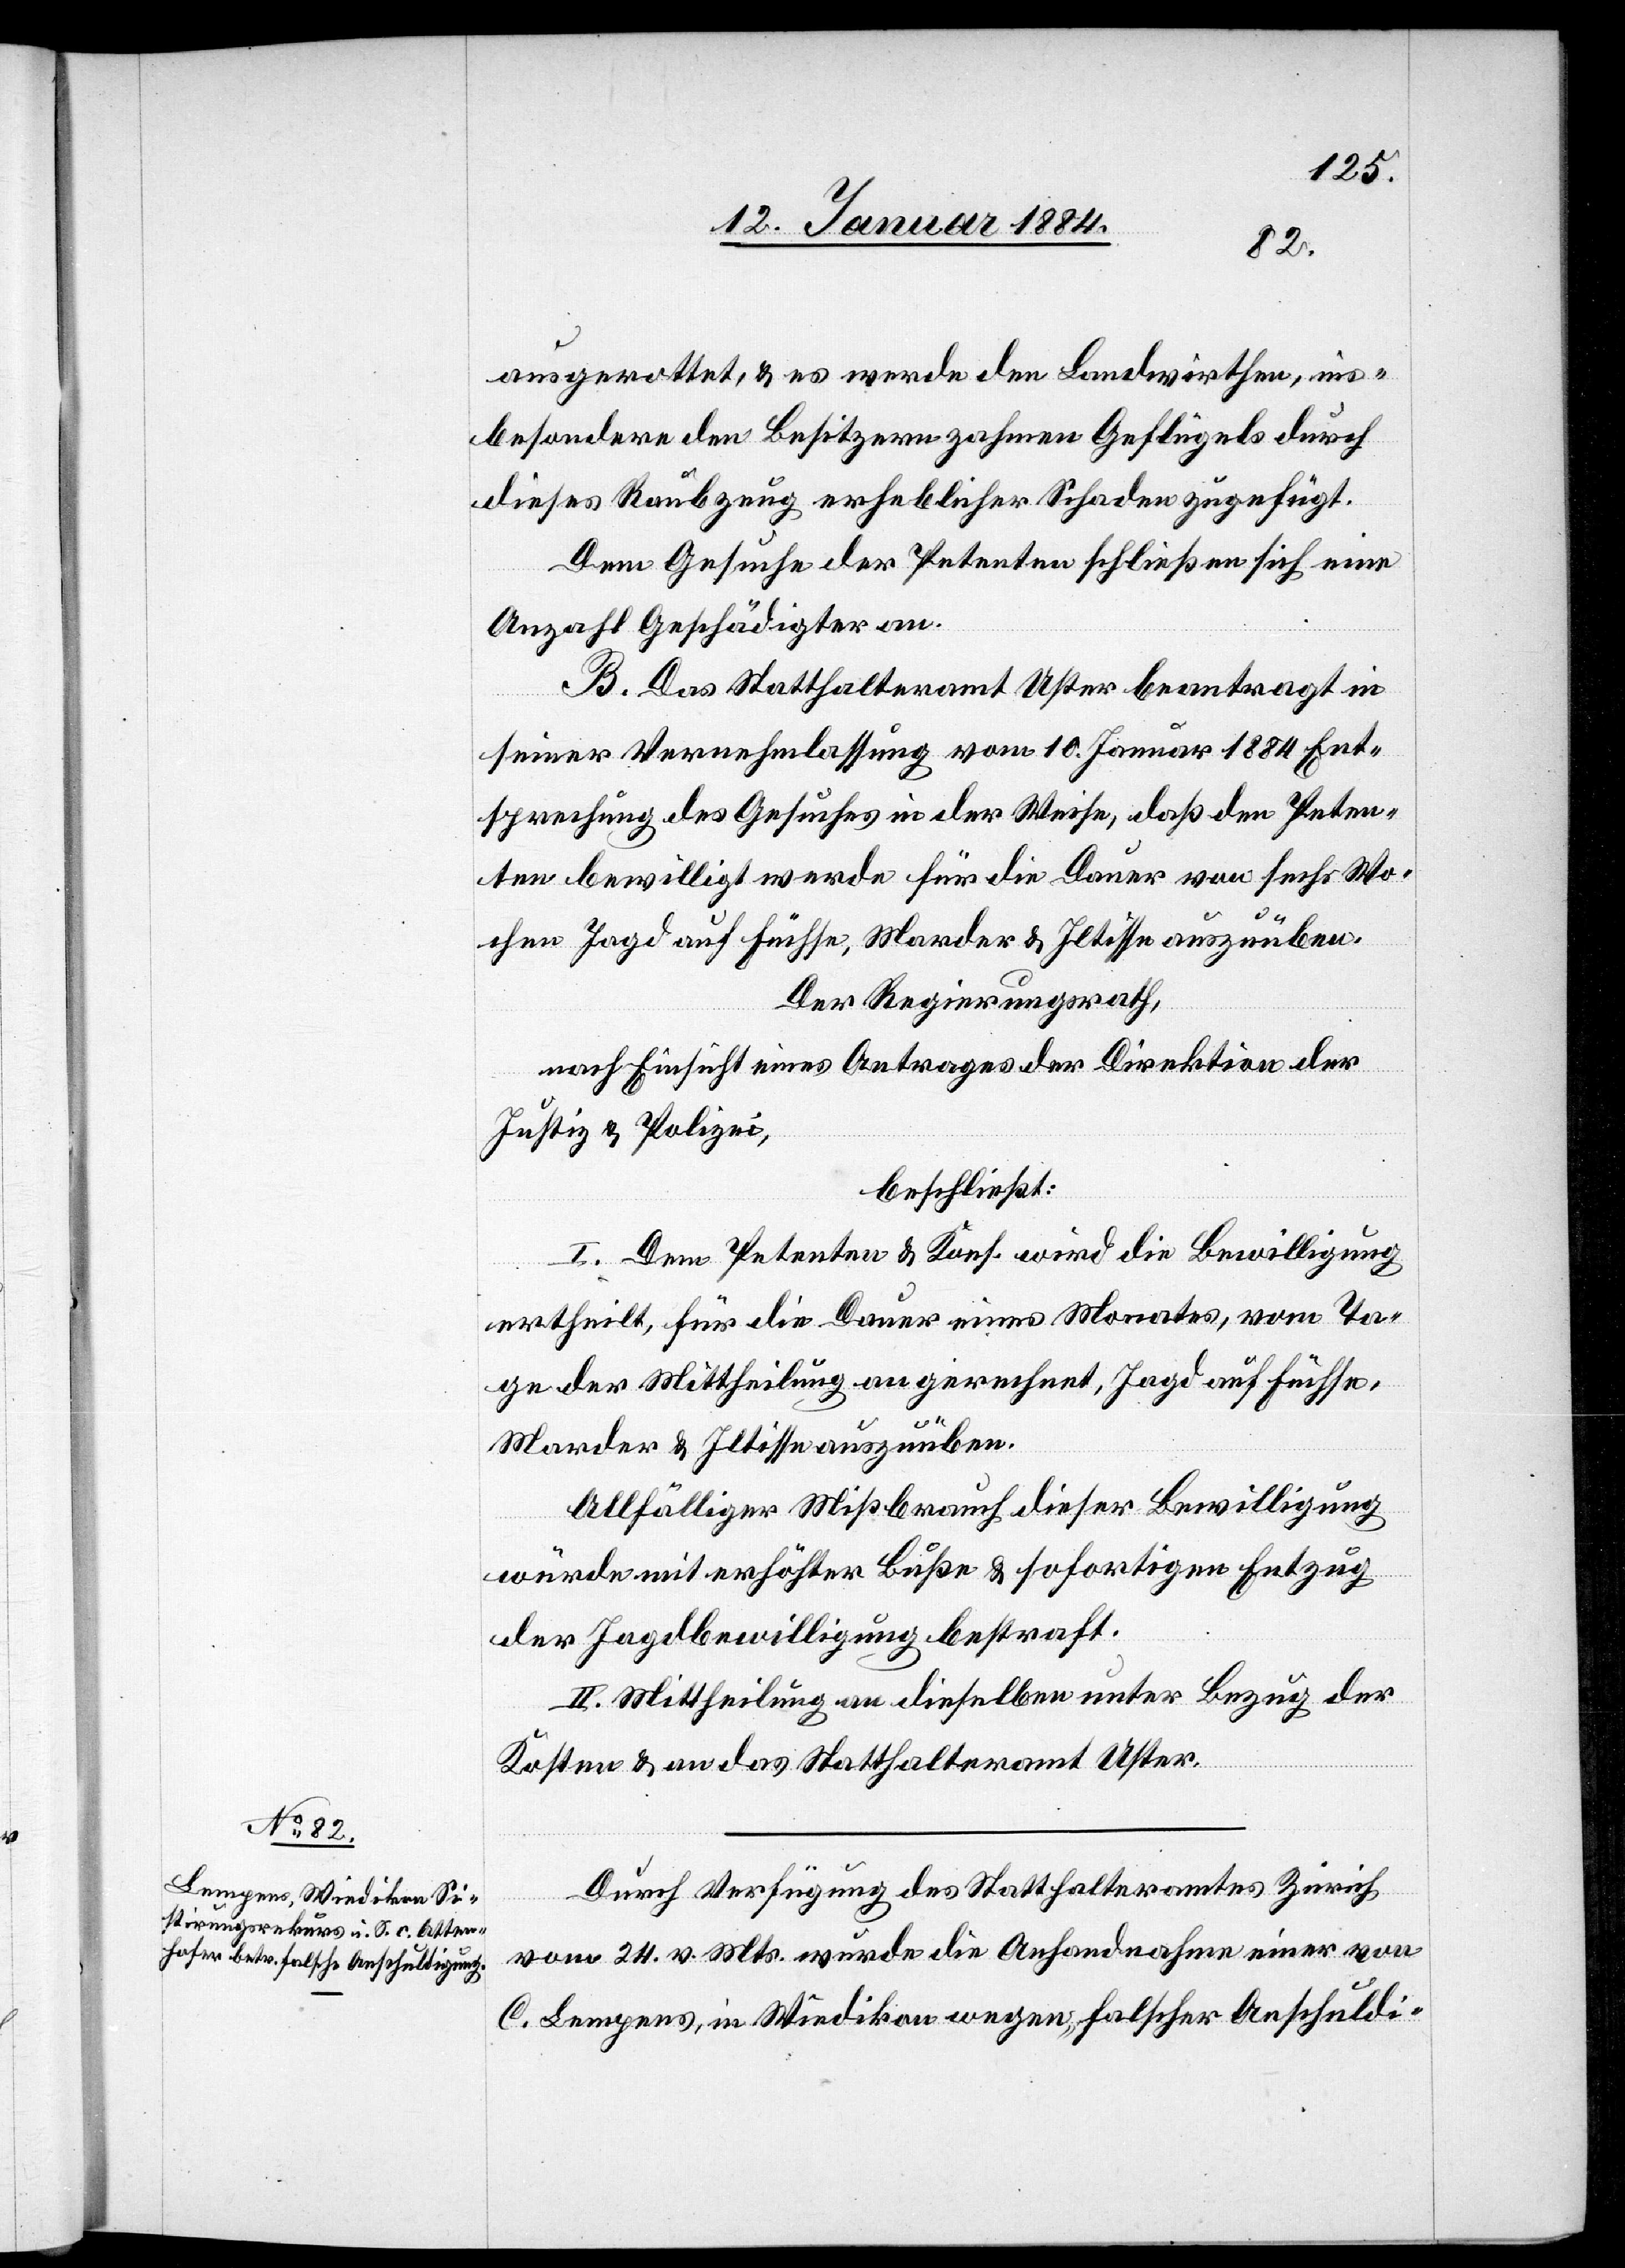
ausgerottet, & es werde den Landwirthen, ins¬
besondere den Besitzern zahmen Geflügels durch
dieses Raubzeug erheblicher Schaden zugefügt.
Dem Gesuche der Petenten schließen sich eine
Anzahl Geschädigter an.
B. Das Statthalteramt Uster beantragt in
seiner Vernehmlassung vom 10. Januar 1884 Ent¬
sprechung des Gesuches in der Weise, daß den Peten¬
ten bewilligt werde für die Dauer von sechs Wo¬
chen Jagd auf Füchse, Marder & Iltisse auszuüben.
Der Regierungsrath,
nach Einsicht eines Antrages der Direktion der
Justiz & Polizei,
beschließt:
I. Dem Petenten & Kons. wird die Bewilligung
ertheilt, für die Dauer eines Monates, vom Ta¬
ge der Mittheilung an gerechnet, Jagd auf Füchse,
Marder & Iltisse auszuüben.
Allfälliger Mißbrauch dieser Bewilligung
würde mit erhöhter Buße & sofortigen Entzug
der Jagdbewilligung bestraft.
II. Mittheilung an dieselben unter Bezug der
Kosten & an das Statthalteramt Uster.
Durch Verfügung des Statthalteramtes Zürich
vom 24. v. Mts. wurde die Anhandnahme einer von
C. Lempens, in Wiedikon wegen „falscher Anschuldi-